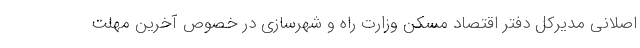
اصلانی مدیرکل دفتر اقتصاد مسکن وزارت راه و شهرسازی در خصوص آخرین مهلت